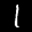
Label: 1